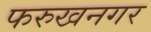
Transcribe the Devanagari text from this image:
फरुखनगर